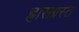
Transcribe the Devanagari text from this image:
ह्रासग्रस्त